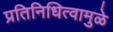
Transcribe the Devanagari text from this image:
प्रतिनिधित्वामुळे